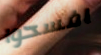
افسحوا